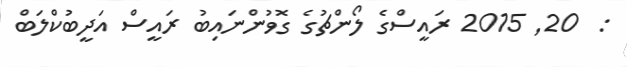
:  20